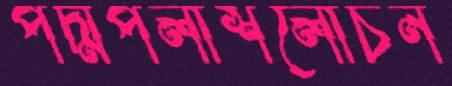
পদ্মপলাশলোচন